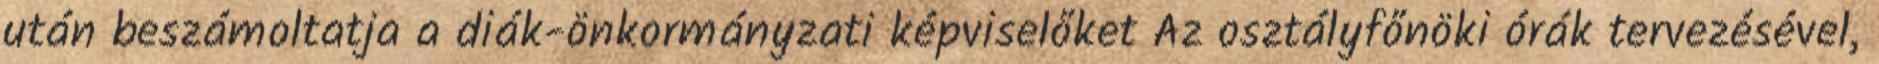
után beszámoltatja a diák-önkormányzati képviselőket Az osztályfőnöki órák tervezésével,